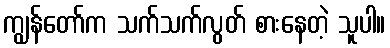
ကျွန်တော်က သက်သက်လွတ် စားနေတဲ့ သူပါ။